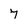
Character: 7